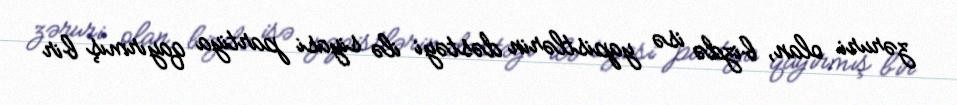
zəruri olan, bizdə isə yapistlərin dəstəyi ilə siyasi partiya qayırmış bir